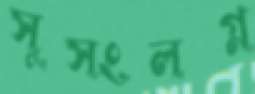
সুসংলগ্ন